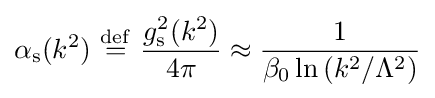
\alpha _{\text{s}}(k^{2})\ {\stackrel {\mathrm {def} }{=}}\ {\frac {g_{\text{s}}^{2}(k^{2})}{4\pi }}\approx {\frac {1}{\beta _{0}\ln \left({k^{2}}/{\Lambda ^{2}}\right)}}